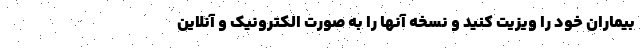
بیماران خود را ویزیت کنید و نسخه آنها را به صورت الکترونیک و آنلاین